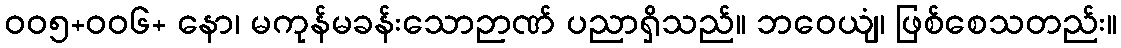
၀၀၅+၀၀၆+ နော၊ မကုန်မခန်းသောဉာဏ် ပညာရှိသည်။ ဘဝေယျံ၊ ဖြစ်စေသတည်း။